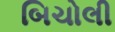
બિચોલી